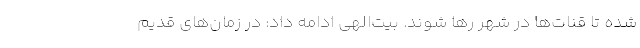
شده تا قنات‌ها در شهر رها شوند. بیت‌الهی ادامه داد: در زمان‌های قدیم